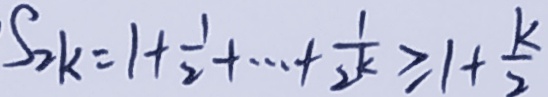
S _ { 2 k } = 1 + \frac { 1 } { 2 } + \cdots + \frac { 1 } { 2 k } \geq 1 + \frac { k } { 2 }